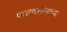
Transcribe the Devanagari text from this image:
पालवंशीयांच्या